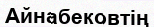
Айнабековтің